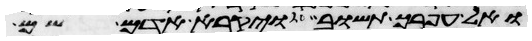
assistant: ואל עפרך תשוב ויקרא האדם שם